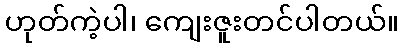
ဟုတ်ကဲ့ပါ၊ ကျေးဇူးတင်ပါတယ်။